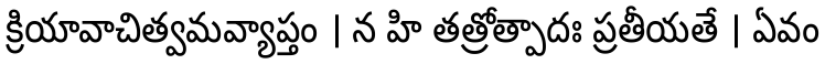
క్రియావాచిత్వమవ్యాప్తం । న హి తత్రోత్పాదః ప్రతీయతే । ఏవం